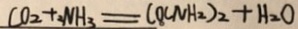
C O _ { 2 } + 2 N H _ { 3 } = C O ( N H _ { 2 } ) _ { 2 } + H _ { 2 } O